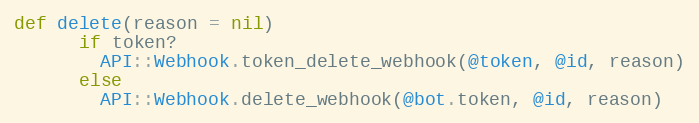
Language: Ruby
def delete(reason = nil)
      if token?
        API::Webhook.token_delete_webhook(@token, @id, reason)
      else
        API::Webhook.delete_webhook(@bot.token, @id, reason)